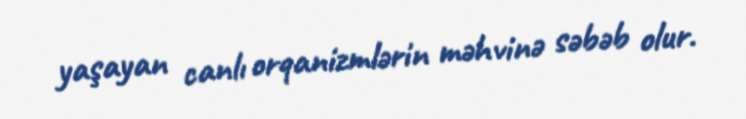
yaşayan canlı orqanizmlərin məhvinə səbəb olur.